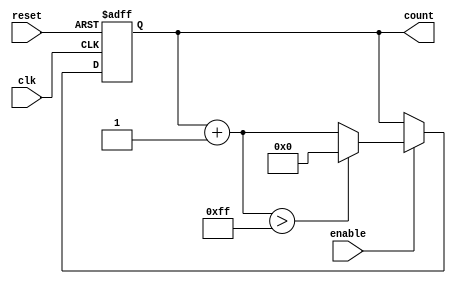
module ParameterizedCounter #(
    parameter MIN_VALUE = 0,
    parameter MAX_VALUE = 255,
    parameter STEP_SIZE = 1
)(
    input wire clk,
    input wire reset,
    input wire enable,
    output reg [31:0] count
);

// Ensure parameters maintain logical consistency
initial begin
    if (MIN_VALUE >= MAX_VALUE) begin
        $error("MIN_VALUE must be less than MAX_VALUE.");
    end
    if (STEP_SIZE <= 0) begin
        $error("STEP_SIZE must be greater than 0.");
    end
end

// Always block triggered on clock edge or reset
always @(posedge clk or posedge reset) begin
    if (reset) begin
        count <= MIN_VALUE; // Initialize count to MIN_VALUE on reset
    end else if (enable) begin
        // Increment the count value by the STEP_SIZE
        if (count + STEP_SIZE > MAX_VALUE) begin
            count <= MIN_VALUE; // Wrap around if exceeding MAX_VALUE
        end else begin
            count <= count + STEP_SIZE; // Increment the count
        end
    end
end

endmodule